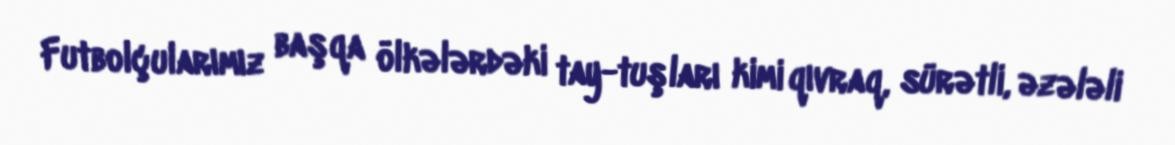
Futbolçularımız başqa ölkələrdəki tay-tuşları kimi qıvraq, sürətli, əzələli